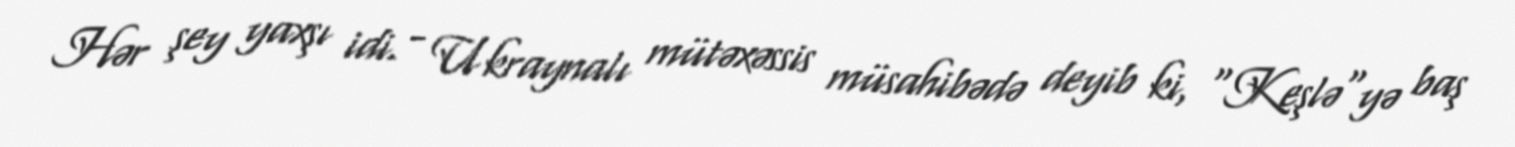
Hər şey yaxşı idi. - Ukraynalı mütəxəssis müsahibədə deyib ki, "Keşlə"yə baş